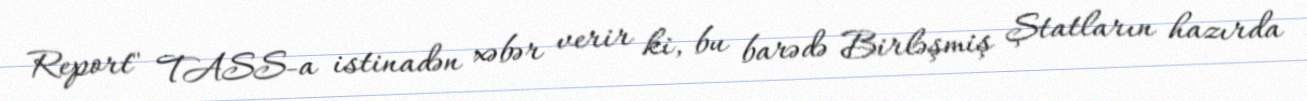
Report" TASS-a istinadən xəbər verir ki, bu barədə Birləşmiş Ştatların hazırda